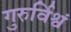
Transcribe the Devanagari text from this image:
गुरुर्विश्वं